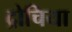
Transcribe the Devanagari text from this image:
द्रोचिया